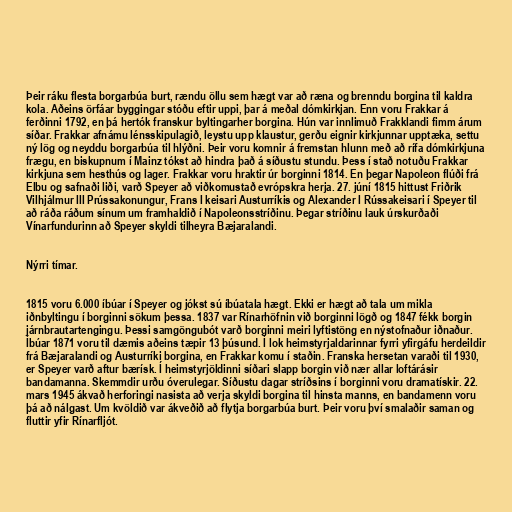
Þeir ráku flesta borgarbúa burt, rændu öllu sem hægt var að ræna og brenndu borgina til kaldra
kola. Aðeins örfáar byggingar stóðu eftir uppi, þar á meðal dómkirkjan. Enn voru Frakkar á
ferðinni 1792, en þá hertók franskur byltingarher borgina. Hún var innlimuð Frakklandi fimm árum
síðar. Frakkar afnámu lénsskipulagið, leystu upp klaustur, gerðu eignir kirkjunnar upptæka, settu
ný lög og neyddu borgarbúa til hlýðni. Þeir voru komnir á fremstan hlunn með að rífa dómkirkjuna
frægu, en biskupnum í Mainz tókst að hindra það á síðustu stundu. Þess í stað notuðu Frakkar
kirkjuna sem hesthús og lager. Frakkar voru hraktir úr borginni 1814. En þegar Napoleon flúði frá
Elbu og safnaði liði, varð Speyer að viðkomustað evrópskra herja. 27. júní 1815 hittust Friðrik
Vilhjálmur III Prússakonungur, Frans I keisari Austurríkis og Alexander I Rússakeisari í Speyer til
að ráða ráðum sínum um framhaldið í Napoleonsstríðinu. Þegar stríðinu lauk úrskurðaði
Vínarfundurinn að Speyer skyldi tilheyra Bæjaralandi.

Nýrri tímar.

1815 voru 6.000 íbúar í Speyer og jókst sú íbúatala hægt. Ekki er hægt að tala um mikla
iðnbyltingu í borginni sökum þessa. 1837 var Rínarhöfnin við borginni lögð og 1847 fékk borgin
járnbrautartengingu. Þessi samgöngubót varð borginni meiri lyftistöng en nýstofnaður iðnaður.
Íbúar 1871 voru til dæmis aðeins tæpir 13 þúsund. Í lok heimstyrjaldarinnar fyrri yfirgáfu herdeildir
frá Bæjaralandi og Austurríki borgina, en Frakkar komu í staðin. Franska hersetan varaði til 1930,
er Speyer varð aftur bærísk. Í heimstyrjöldinni síðari slapp borgin við nær allar loftárásir
bandamanna. Skemmdir urðu óverulegar. Síðustu dagar stríðsins í borginni voru dramatískir. 22.
mars 1945 ákvað herforingi nasista að verja skyldi borgina til hinsta manns, en bandamenn voru
þá að nálgast. Um kvöldið var ákveðið að flytja borgarbúa burt. Þeir voru því smalaðir saman og
fluttir yfir Rínarfljót.